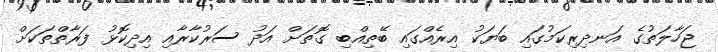
ޖަހާލަތުގެ އަނދިރިކަމުގައި ބަޔަކު އިރެއްގައި ބޭތިއްބި ގޮތަށް އަދު ސަރުކާރާއި އިދިކޮޅު ފަރާތްތަކަށް